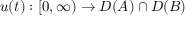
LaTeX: u ( t ) : [ 0 , \infty ) \to D ( A ) \cap D ( B )